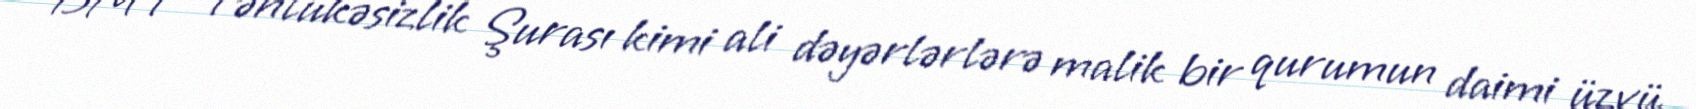
BMT Təhlükəsizlik Şurası kimi ali dəyərlərlərə malik bir qurumun daimi üzvü